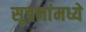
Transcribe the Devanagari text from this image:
सूचनांमध्ये